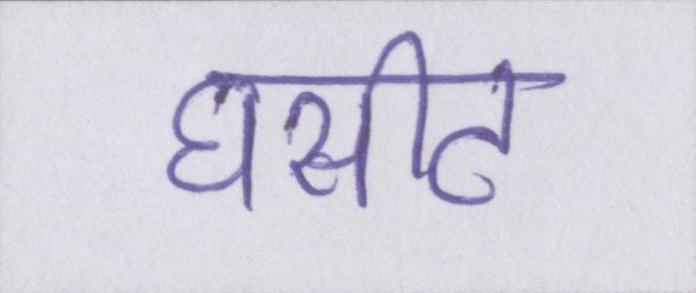
घसीट